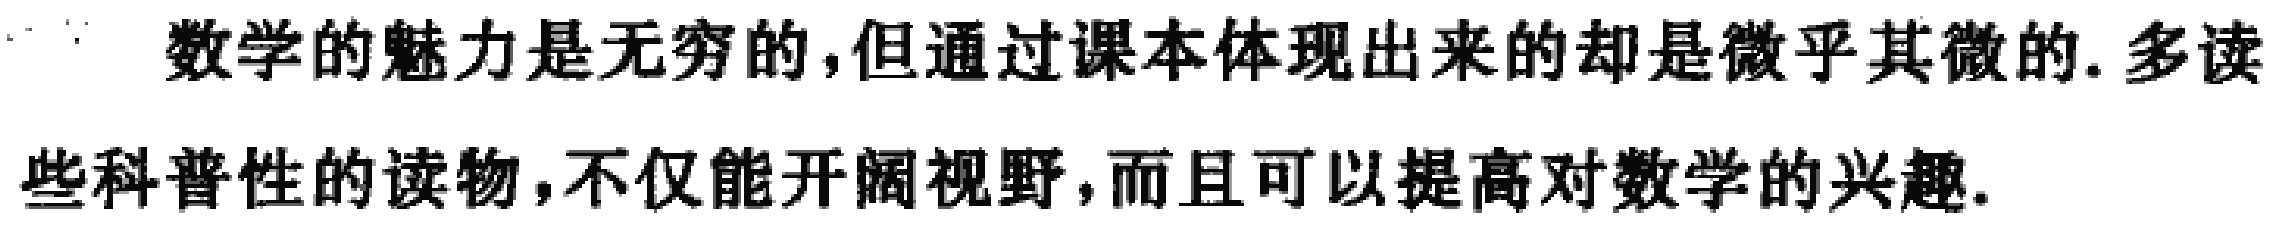
数学的魅力是无穷的,但通过课本体现出来的却是微乎其微的.多读些科普性的读物,不仅能开阔视野,而且可以提高对数学的兴趣.